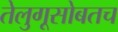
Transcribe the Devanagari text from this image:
तेलुगूसोबतच